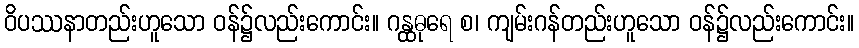
ဝိပဿနာတည်းဟူသော ဝန်၌လည်းကောင်း။ ဂန္ထဓုရေ စ၊ ကျမ်းဂန်တည်းဟူသော ဝန်၌လည်းကောင်း။